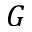
G